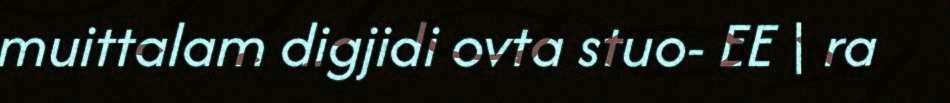
muittalam digjidi ovta stuo- EE | ra